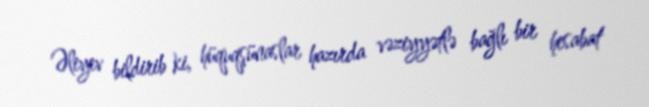
Əliyev bildirib ki, hüquqşünaslar hazırda vəziyyətlə bağlı bir hesabat